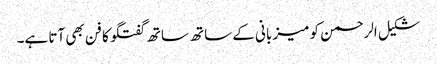
شکیل الرحمن کو میزبانی کے ساتھ ساتھ گفتگو کا فن بھی آتا ہے۔